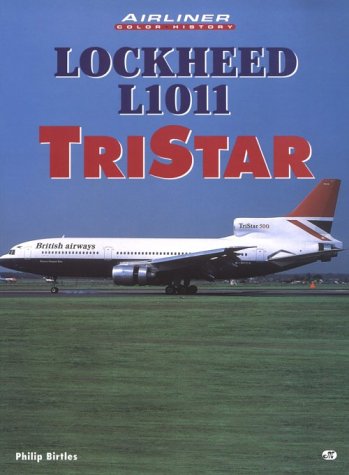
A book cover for Lockheed L1011 Tristar (Airliners in Color); Philip Birtles; Arts & Photography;